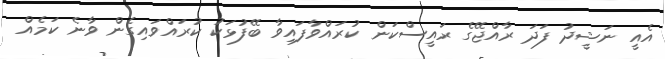
އެއީ ނަޝީދު ފަދަ ރާއްޖޭގެ ރައީސްކަން ކުރައްވާފައިވާ ބޭފުޅަކު ކުރައްވައިގެން ވާނެ ކަމެއް